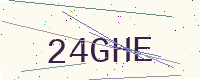
Text: 24GHE